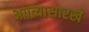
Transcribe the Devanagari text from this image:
अपत्यासारखे